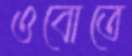
ওবোতে